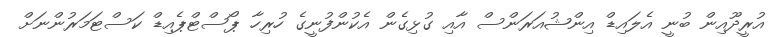
އުރީދޫއިން ބުނީ އެލައިޑް އިންޝުއަރަންސް އާއި ގުޅިގެން އެކުންފުނީގެ ހުރިހާ ޕޯސްޓްޕެއިޑް ކަސްޓަމަރުންނަށް